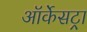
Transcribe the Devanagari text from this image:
ऑर्केसट्रा